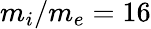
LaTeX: m_{i}/m_{e}=16